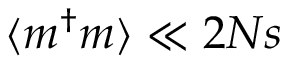
\langle m ^ { \dagger } m \rangle \ll 2 N s